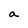
Character: a